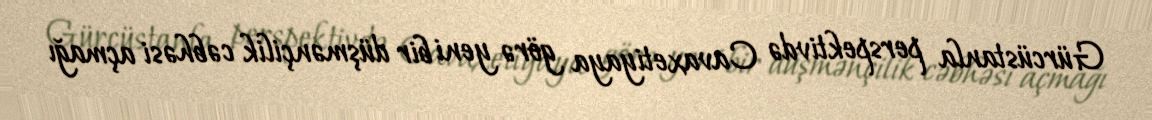
Gürcüstanla perspektivdə Cavaxetiyaya görə yeni bir düşmənçilik cəbhəsi açmağı